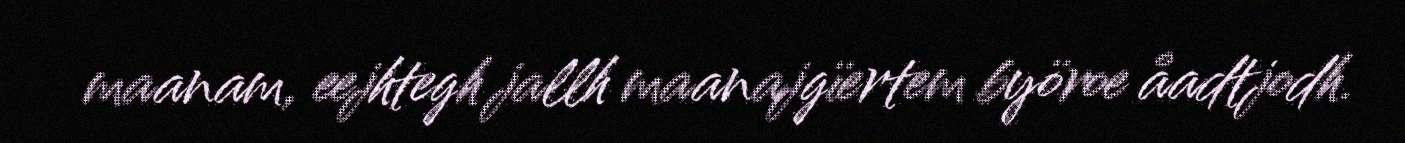
maanam, eejhtegh jallh maanajgïertem byöroe åadtjodh.